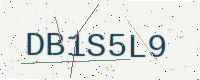
Text: DB1S5L9